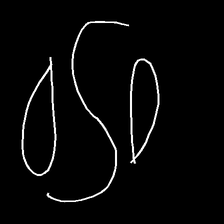
Glyph: water